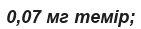
0,07 мг темір;